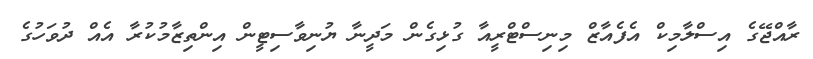
ރާއްޖޭގެ އިސްލާމިކް އެފެއާޒް މިނިސްޓްރީއާ ގުޅިގެން މަދީނާ ޔުނިވާސިޓީން އިންތިޒާމުކުރާ އެއް ދުވަހުގެ